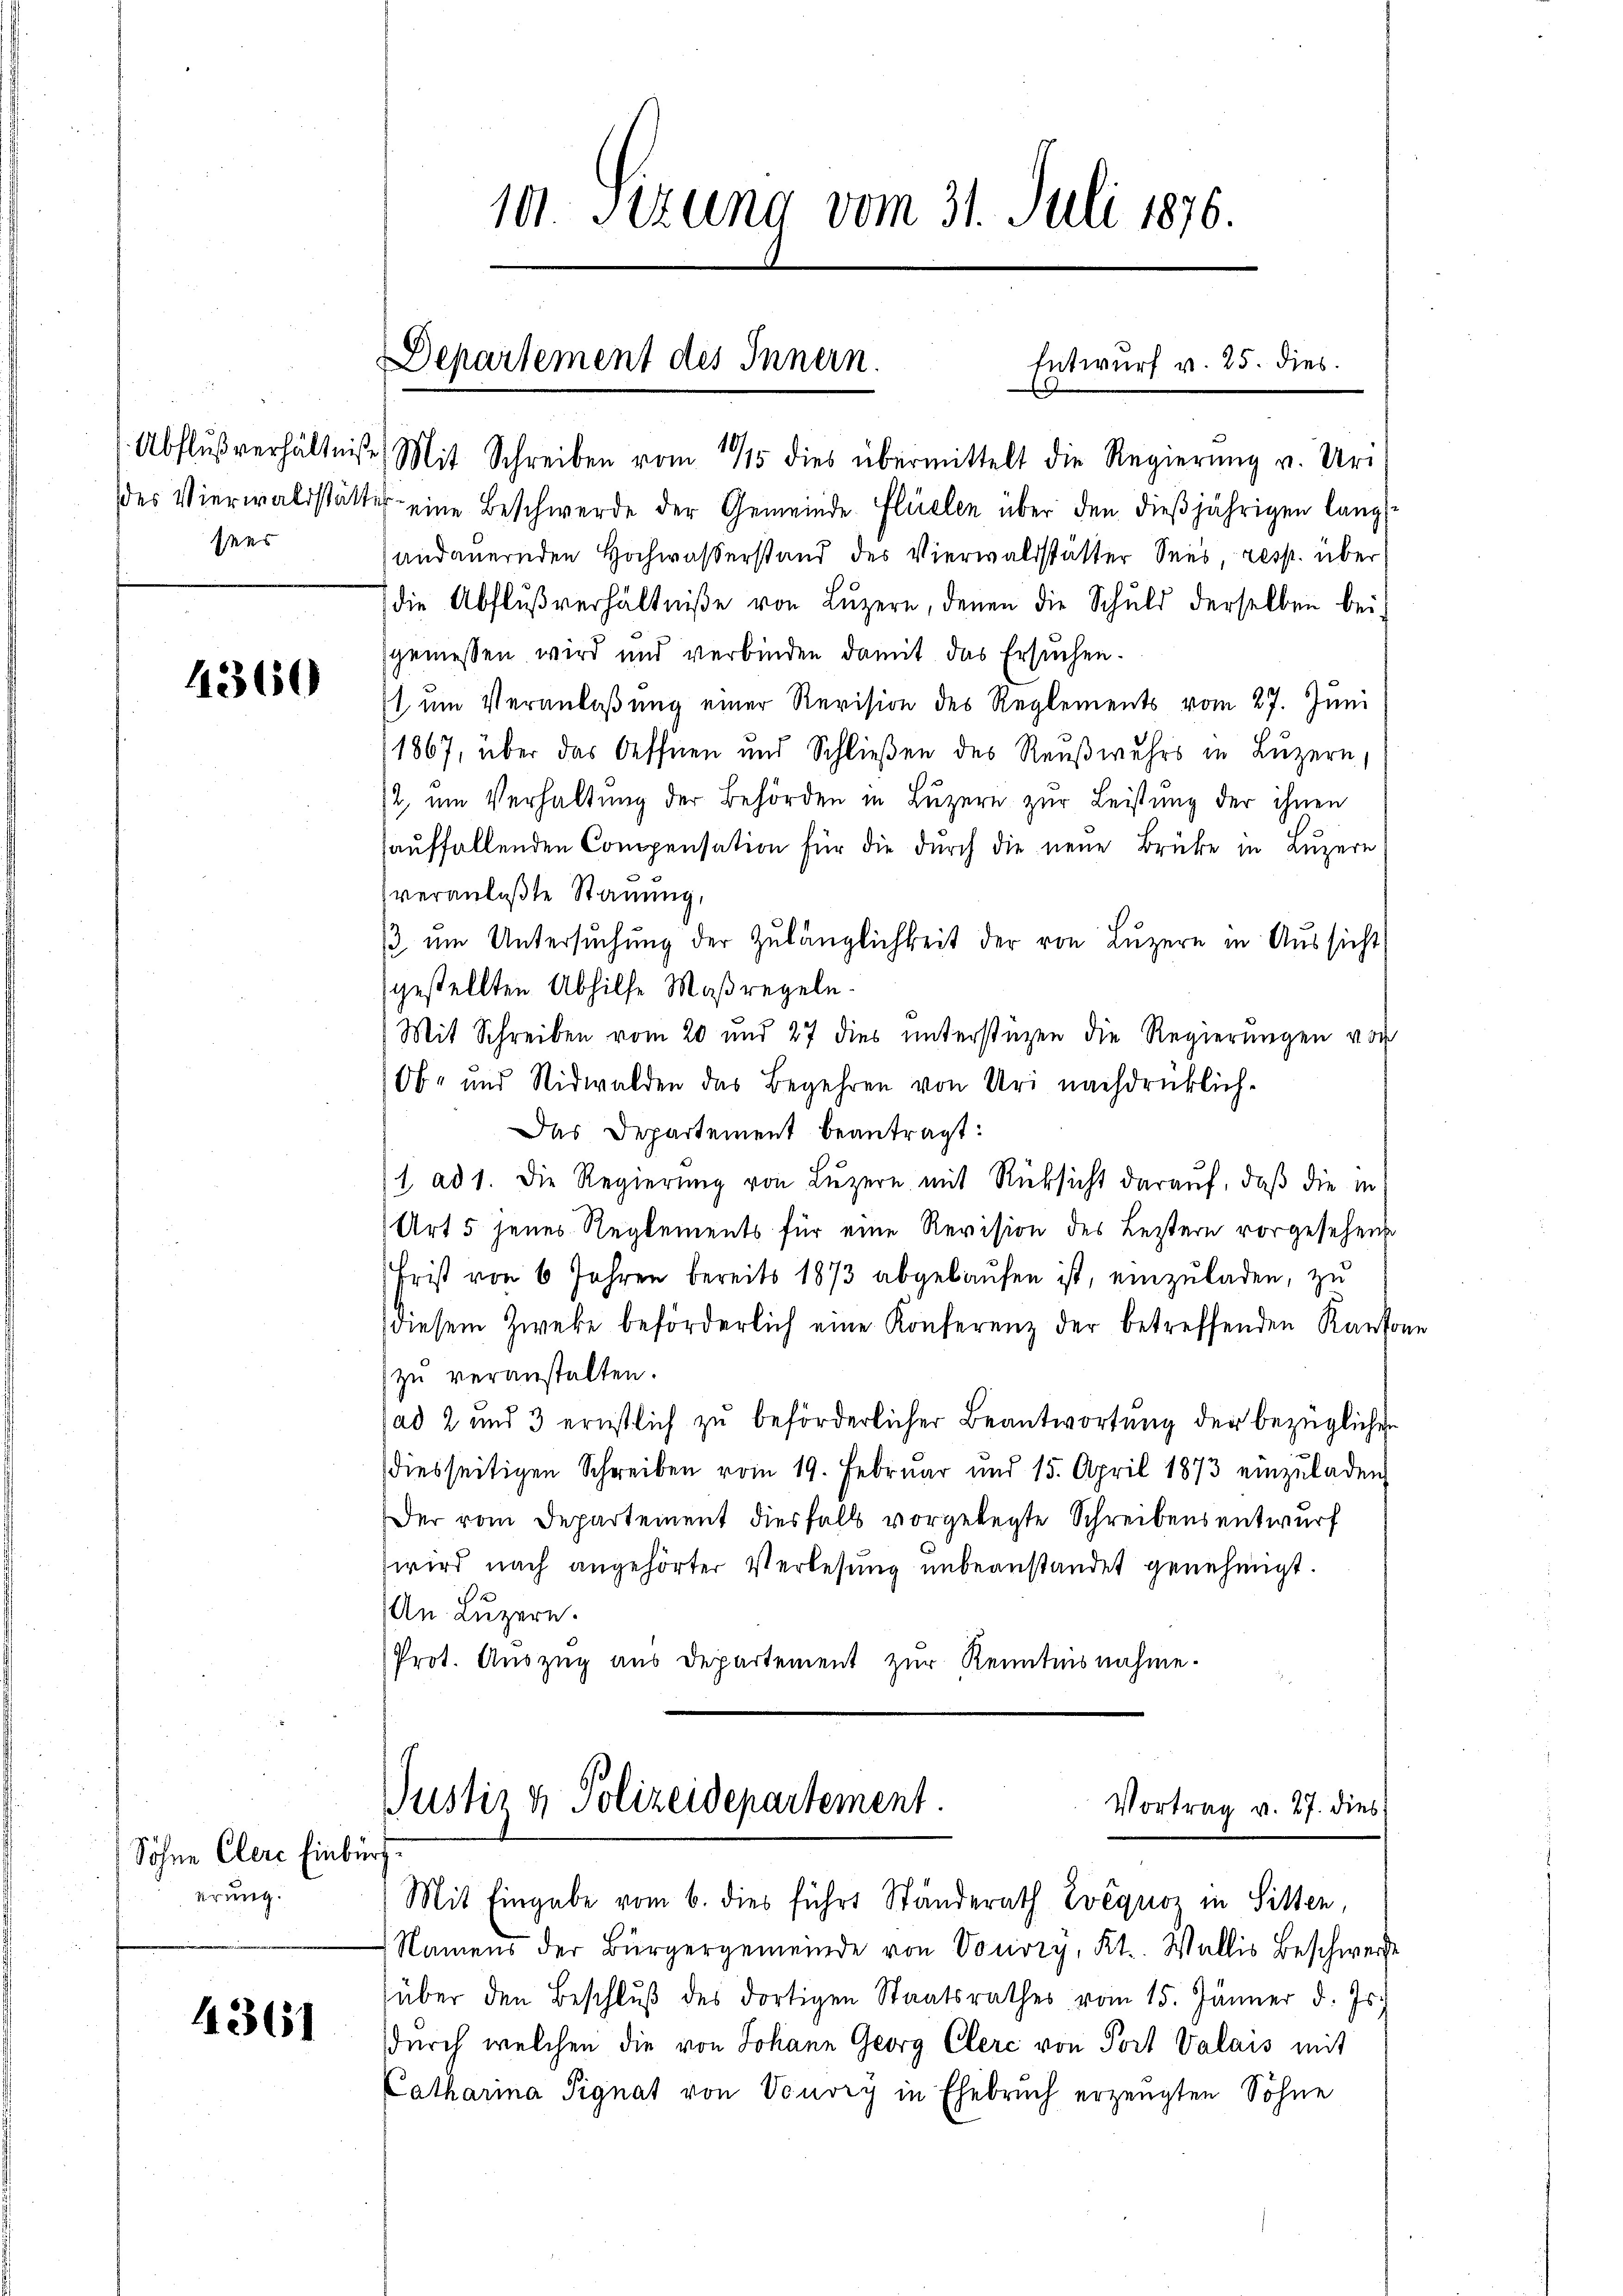
sees

4360

Söhne Clere Einbi
irung.

1361

101. Sizung vom 31. Juli 1876.

Abflŭβ verhältniße Mit Schreiben vom 1915 dies übermittelt die Regierŭng v. Ur-
des Vierwaldstätter eine Beschwerde der Gemeinde Flüelen über den dieβjährigen lang
andauernden Hochwaßerstand des Vierwaldstätter Sees, resp. über
die Abflußverhältniße von Luzern, denen die Schuld derselben beigemessen wird und verbinden damit das Ersuchen.
t um Veranlaßung einer Revision des Reglements vom 27. Juni
1867, über das Oeffnen und Schließen des Reußwuhrs in Luzern,
2 um Verhaltung der Behörden in Luzern zur Leistung der ihnen
auffallenden Compensation für die durch die neue Brüke in Luzern
veranlaßte Stauung,
/ um Untersuchung der Zulänglichkeit der von Luzern in Aussicht
gestellten Abhilfe Maßregeln.
Mit Schreiben vom 20 und 27 dies ŭnterstüzen die Regierŭngen vor
Ob- und Nidwalden das Begehren von Uri nachdrücklich-
Das Departement beantragt:
1. ad 1. Die Regierung von Luzern mit Rüksicht darauf, daß die in
Art 5 jenes Reglements für eine Revision des Leztern vorgesehende
Frist von 6 Jahren bereits 1873 abgelaŭfen ist, einzuladen, zu
diesem Zwecke beförderlich eine Konferenz der betreffenden Kantone
zu veranstalten.
ad 2 und 3 ernstlich zu beförderlicher Beantwortung der bezüglichen
diesseitigen Schreiben vom 19. Februar und 15. April 1873 einzŭladen,
Der vom Departement diesfalls vorgelegte Schreibens entwurf
wird nach angehörter Verlesung unbeanstandet genehmigt.
ich
An Luzern.
Prot. Auszug aus Departement zur Kenntnisnahme.

Departement des Innern.
Entwurf v. 25. dies

Justiz & Polizeidepartement.
Vortrag v. 27. dies
r
Mit Eingabe vom 6. dies führt Ständerath Zvequoz in Sitten,

Namens der Bürgergemeinde von Vouvry, Kt. Wallis Beschwerze
über den Beschlŭβ des dortigen Staatsrathes vom 15. Jänner d. Js.
durch welchen die von Johann Georg Clerc von Port Valais mit
Catharina Signat von Vouvry in Ehebruch erzeugten Söhne